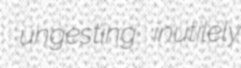
ungesting inutilely